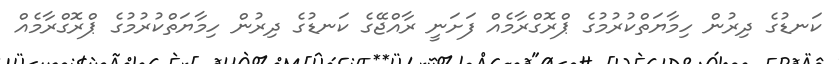
ކަނޑުގެ ދިރުން ހިމާޔަތްކުރުމުގެ ޕްރޮގްރާމެއް ފަށަނީ ރާއްޖޭގެ ކަނޑުގެ ދިރުން ހިމާޔަތްކުރުމުގެ ޕްރޮގްރާމެއް